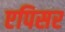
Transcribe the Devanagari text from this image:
एपिसर